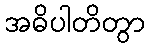
အဓိပါတိတွာ